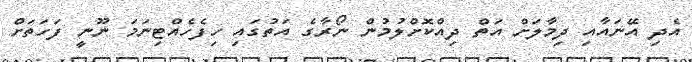
އެދި އޭނައާއި ދިމާލަށް އަތް ދިއްކޮށްލުމުން ނޯރާގެ އަތުގައި ހިފެހެއްޓިނަމަ ނޫނީ ފަހަތަށް